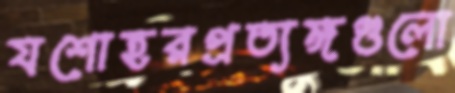
যশোহরপ্রত্যঙ্গগুলো